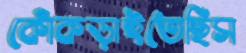
কোঁকড়াইতেছিস